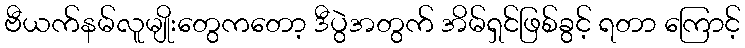
ဗီယက်နမ်လူမျိုးတွေကတော့ ဒီပွဲအတွက် အိမ်ရှင်ဖြစ်ခွင့် ရတာ ကြောင့်